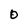
Character: O